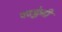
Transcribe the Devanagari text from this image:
पटङ्गेनी